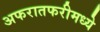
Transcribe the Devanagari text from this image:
अफरातफरीमध्ये